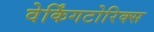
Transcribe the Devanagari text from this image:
वेर्किंगटोरिक्स